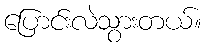
ပြောင်းလဲသွားတယ်။